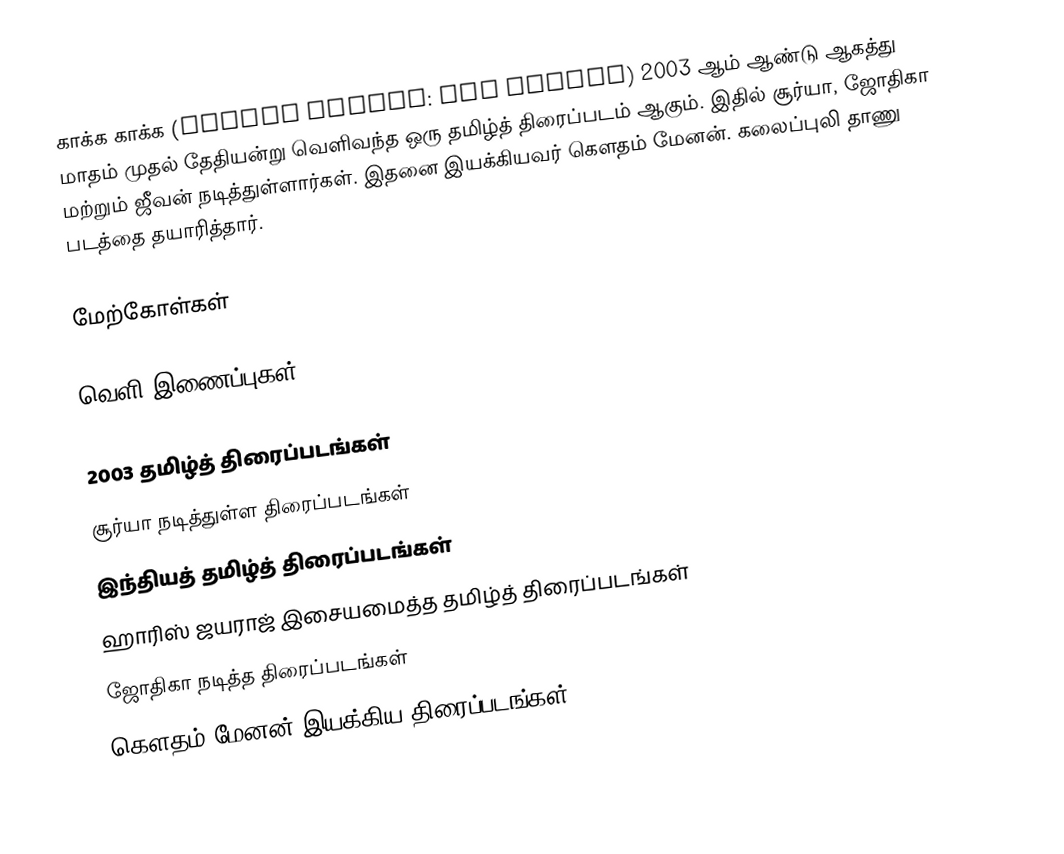
காக்க காக்க (Kaakha Kaakha: The Police) 2003 ஆம் ஆண்டு ஆகத்து மாதம் முதல் தேதியன்று வெளிவந்த ஒரு தமிழ்த் திரைப்படம் ஆகும். இதில் சூர்யா, ஜோதிகா மற்றும் ஜீவன் நடித்துள்ளார்கள். இதனை இயக்கியவர் கௌதம் மேனன். கலைப்புலி தாணு படத்தை தயாரித்தார்.

மேற்கோள்கள்

வெளி இணைப்புகள்

2003 தமிழ்த் திரைப்படங்கள்
சூர்யா நடித்துள்ள திரைப்படங்கள்
இந்தியத் தமிழ்த் திரைப்படங்கள்
ஹாரிஸ் ஜயராஜ் இசையமைத்த தமிழ்த் திரைப்படங்கள்
ஜோதிகா நடித்த திரைப்படங்கள்
கௌதம் மேனன் இயக்கிய திரைப்படங்கள்